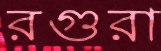
রগুরা